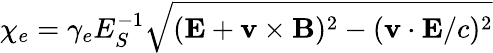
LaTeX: \chi_{e}=\gamma_{e}E_{S}^{-1}\sqrt{({\mathbf{E}}+{\mathbf{v}}\times{\mathbf{B}})^{2}-({\mathbf{v}}\cdot{\mathbf{E}}/c)^{2}}